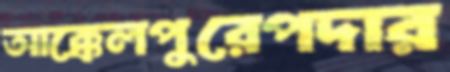
আক্কেলপুরেপদার